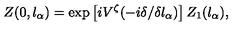
Z ( 0 , l _ { \alpha } ) = \exp \left[ i V ^ { \zeta } ( - i \delta / \delta l _ { \alpha } ) \right] Z _ { 1 } ( l _ { \alpha } ) ,